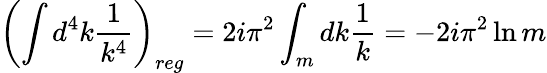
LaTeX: \left(\int d^{4}k\frac{1}{k^{4}}\right)_{reg}=2i\pi^{2}\int_{m}dk\frac{1}{k}=-2i\pi^{2}\ln m